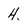
Character: 4